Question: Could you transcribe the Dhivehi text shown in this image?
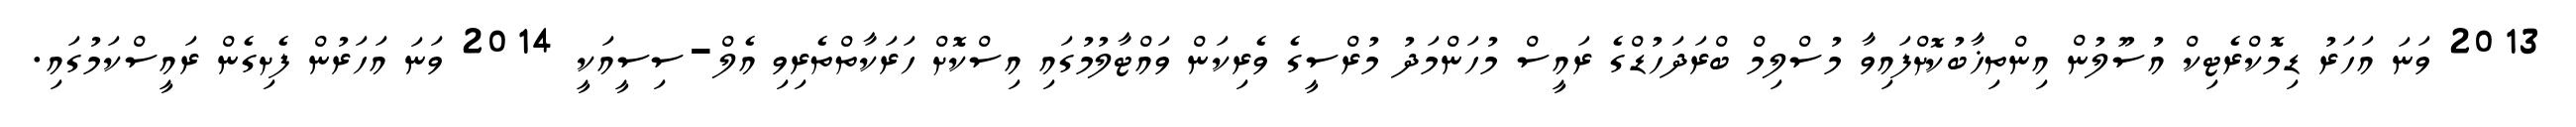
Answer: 2013 ވަނަ އަހަރު ޑިމޮކްރެޓިކް އުސޫލުން އިންތިޚާބުކޮށްފައިވާ މުސްލިމް ބްރަދަހުޑްގެ ރައީސް މުހަންމަދު މުރްސީގެ ވެރިކަން ވައްޓާލުމުގައި އިސްކޮށް ހަރަކާތްތެރިވި އެލް-ސިސީއަކީ 2014 ވަނަ އަހަރުން ފެށިގެން ރައީސްކަމުގައި.